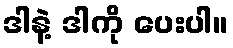
ဒါနဲ့ ဒါကို ပေးပါ။